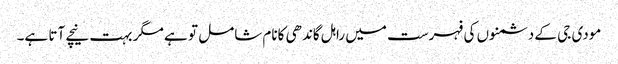
مودی جی کے دشمنوں کی فہرست میں راہل گاندھی کانام شامل تو ہے مگر بہت نیچے آتا ہے۔